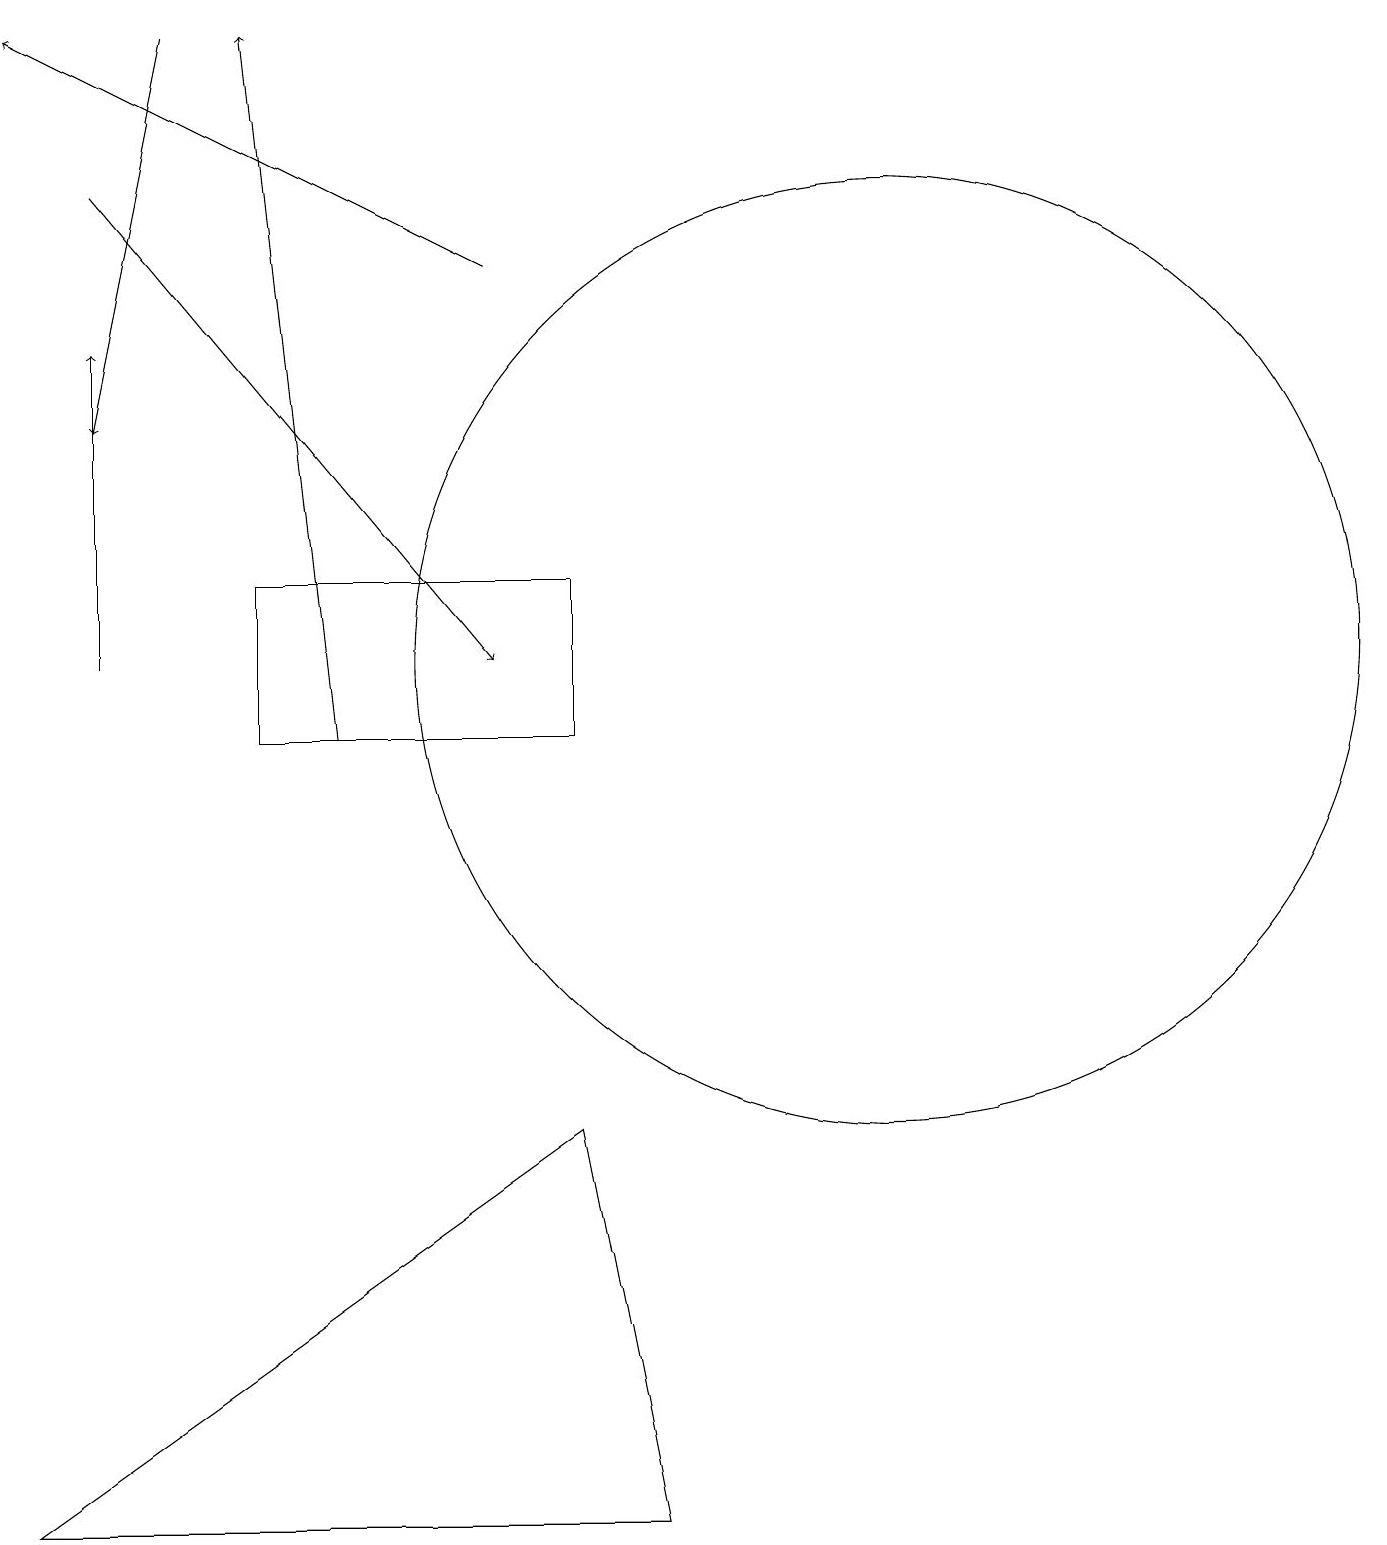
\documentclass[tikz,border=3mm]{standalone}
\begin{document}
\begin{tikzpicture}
\draw[->] (7,16) -- (1,19);
\draw (12,11) circle (6);
\draw[->] (2,17) -- (7,11);
\draw[->] (2,11) -- (2,15);
\draw[->] (5,10) -- (4,19);
\draw[->] (3,19) -- (2,14);
\draw (4,12) rectangle (8,10);
\draw (1,0) -- (8,5) -- (9,0) -- cycle;
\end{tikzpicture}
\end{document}